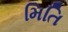
મિતિ